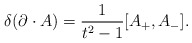
\begin{align*}\delta (\partial \cdot A) = {1\over t^2 - 1} [A_+, A_-].\end{align*}